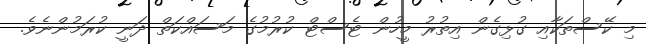
މި ކޭސްތަކާއި ގުޅިގެން އިތުރު މީހުން ޓެސްޓް ކުރުމުގެ މަސައްކަތް ދަނީ ކުރަމުންނެވެ.